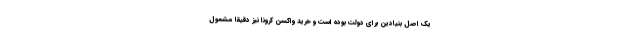
یک اصل بنیادین برای دولت بوده است و خرید واکسن کرونا نیز دقیقا مشمول